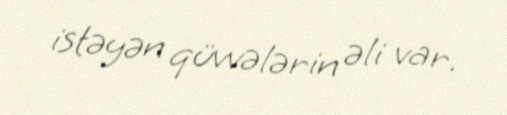
istəyən qüvvələrin əli var.